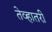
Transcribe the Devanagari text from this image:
तेव्हातरी